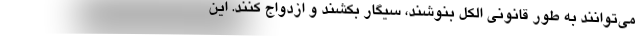
می‌توانند به طور قانونی الکل بنوشند، سیگار بکشند و ازدواج کنند. این